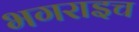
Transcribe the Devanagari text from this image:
भगराइच